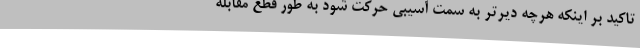
تاکید بر اینکه هرچه دیرتر به سمت آسیبی حرکت شود به طور قطع مقابله